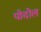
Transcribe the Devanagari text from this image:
पोदोल